Lunatic asylums Central Provinces reports 1895-1909 - 1895-1909
Year: 1895
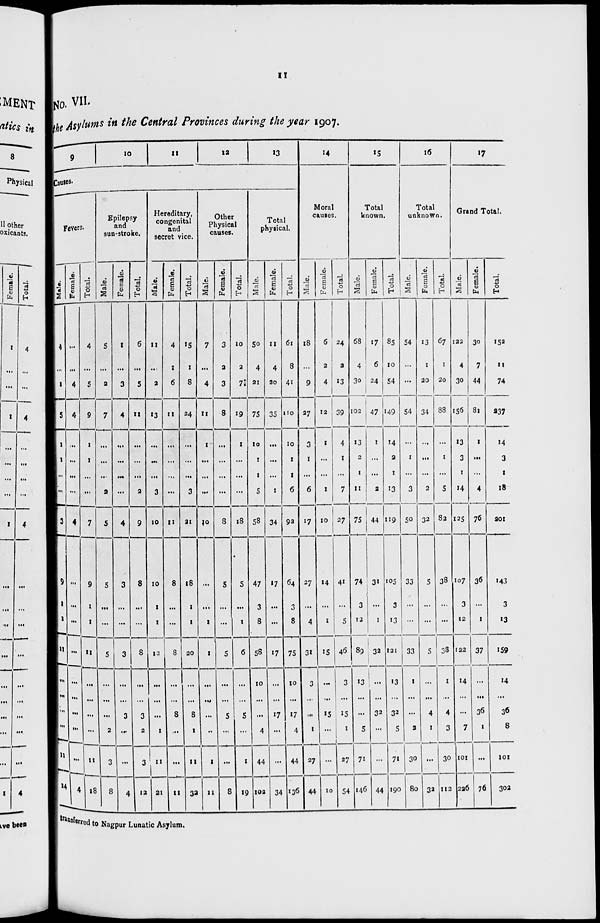
11
No. VII.
the Asylums in the Central Provinces during the year 1907.
9
10
11
12
13
Causes.
Fevers.
Male.
4
...
1
5
1
1
...
3
9
1
1
11
...
...
...
...
11
14
Female.
...
...
4
4
...
...
...
...
4
...
...
...
...
...
...
...
...
...
4
Total.
4
...
5
9
1
1
...
...
7
9
1
1
11
...
...
...
...
11
18
Epilepsy
and
sun-stroke.
Male.
5
...
2
7
...
...
...
2
5
5
...
...
5
...
...
...
2
3
8
Female.
1
...
3
4
...
...
...
...
4
3
...
...
3
...
...
3
...
...
4
Total.
6
...
5
11
...
...
...
2
9
8
...
...
8
...
...
3
2
3
12
Hereditary,
congenital
and
secret vice.
Male.
11
...
2
13
...
...
...
3
10
10
1
1
12
...
...
1
1
11
21
Female.
4
1
6
11
...
...
...
...
11
8
...
...
8
...
...
8
...
...
11
Total.
15
1
8
24
...
...
....
3
21
18
1
1
20
...
...
8
1
11
32
Other
Physical
causes.
Male.
7
...
4
11
1
...
...
...
10
...
...
2
I
...
...
...
...
1
11
Female.
3
2
3
8
...
...
...
...
8
5
...
...
5
...
...
5
...
...
8
Total.
10
2
7
19
1
...
...
...
18
5
..
1
6
...
...
5
...
1
19
Total
physical.
Male.
50
4
21
75
10
1
1
5
58
47
3
8
58
10
...
...
4
44
102
Female.
11
4
20
35
...
...
...
1
34
17
...
...
17
...
...
17
...
...
34
Total.
61
8
41
110
10
1
1
6
92
64
3
8
75
10
...
17
4
44
136
14
Moral
causes.
Male.
18
...
9
27
3
1
...
6
17
27
...
4
31
3
...
...
1
27
44
Female.
6
2
4
12
1
...
...
1
10
14
...
1
15
...
...
15
...
...
10
Total.
24
2
13
39
4
1
...
7
27
41
...
5
46
3
...
15
1
27
54
15
Total
known.
Male.
68
4
30
102
13
2
1
11
75
74
3
12
89
13
...
...
5
71
146
Female.
17
6
24
47
1
...
...
2
44
31
...
1
32
...
...
32
...
...
44
Total.
85
10
54
149
14
2
1
13
119
105
3
13
121
13
...
32
5
71
190
16
Total
unknown.
Male.
54
...
...
54
...
1
...
3
50
33
...
...
33
1
...
...
2
30
80
Female.
13
1
20
34
...
...
...
2
32
5
...
...
5
...
...
4
1
...
32
Total.
67
1
20
88
...
1
...
5
82
38
...
...
38
1
...
4
3
30
112
17
Grand Total.
Male.
122
4
30
156
13
3
1
14
125
107
3
12
122
14
...
...
7
101
226
Female.
30
7
44
81
1
...
...
4
76
36
...
1
37
....
...
36
1
...
76
Total.
152
11
74
237
14
3
1
18
201
143
3
13
159
14
...
36
8
101
302
transfered to Nagpur Lunatic Asylum.